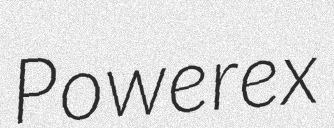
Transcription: Powerex